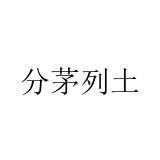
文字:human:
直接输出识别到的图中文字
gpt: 分茅列土